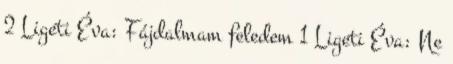
2 Ligeti Éva: Fájdalmam feledem 1 Ligeti Éva: Ne